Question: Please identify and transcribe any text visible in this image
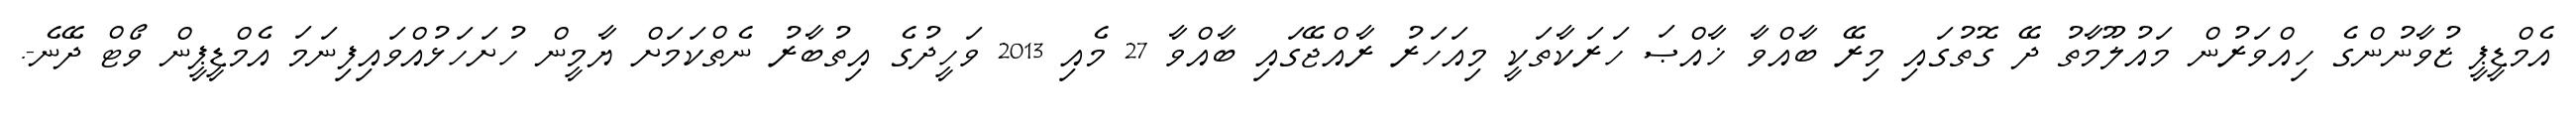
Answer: އެމްޑީޕީ ޒުވާނުންގެ ހިއްވަރުން މައުލޫމާތު ދޭ ގޮތުގައި މިރޭ ބާއްވާ ޚާއްޞަ ހަރަކާތަކީ މިއަހަރު ރާއްޖޭގައި ބާއްވާ 27 މެއި 2013 ވަހީދުގެ އިތުބާރު ނެތްކަމަށް ޔާމީން ހުށަހަޅުއްވައިފިނަމަ އެމްޑީޕީން ވޯޓް ދޭނެ-.